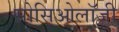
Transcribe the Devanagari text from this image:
सोसिओलॉजी